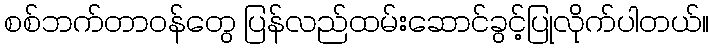
စစ်ဘက်တာဝန်တွေ ပြန်လည်ထမ်းဆောင်ခွင့်ပြုလိုက်ပါတယ်။